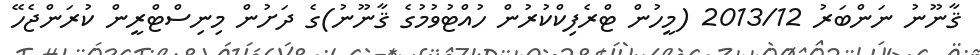
ޤާނޫނު ނަންބަރު 2013/12 (މީހުން ޓްރެފިކްކުރުން ހުއްޓުވުމުގެ ޤާނޫނު)ގެ ދަށުން މިނިސްޓްރީން ކުރަންޖެހޭ